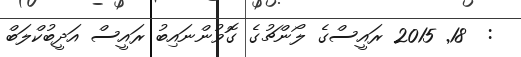
:  18